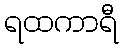
ရထကာရီ